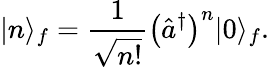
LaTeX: |n\rangle_{f}=\frac{1}{\sqrt{n!}}\left(\hat{a}^{\dagger}\right)^{n}|0\rangle_{f}.